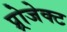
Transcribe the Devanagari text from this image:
प्र्रोजेक्ट